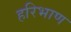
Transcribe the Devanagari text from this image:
हरिभाण